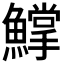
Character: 𩻰